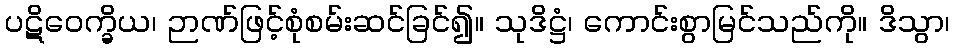
ပဋိဝေက္ခိယ၊ ဉာဏ်ဖြင့်စုံစမ်းဆင်ခြင်၍။ သုဒိဋ္ဌံ၊ ကောင်းစွာမြင်သည်ကို။ ဒိသွာ၊